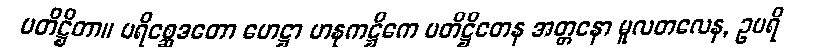
ပတိဋ္ဌိတာ။ ပရိစ္ဆေဒတော ဟေဋ္ဌာ ဟနုကဋ္ဌိကေ ပတိဋ္ဌိတေန အတ္တနော မူလတလေန, ဥပရိ